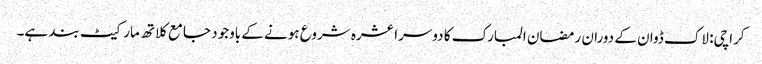
کراچی: لاک ڈوان کے دوران رمضان المبارک کا دوسرا عشرہ شروع ہونے کے باوجود جامع کلاتھ مارکیٹ بند ہے۔